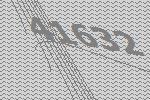
41632